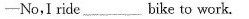
——No,I ride___bike to work.